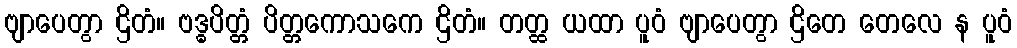
ဗျာပေတွာ ဌိတံ။ ဗဒ္ဓပိတ္တံ ပိတ္တကောသကေ ဌိတံ။ တတ္ထ ယထာ ပူဝံ ဗျာပေတွာ ဌိတေ တေလေ န ပူဝံ